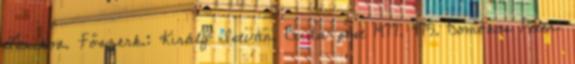
Lexikon. Főszerk.: Király István. Buda-pest 1977. 475. Domokos Péter: